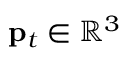
\mathbf { p } _ { t } \in \mathbb { R } ^ { 3 }